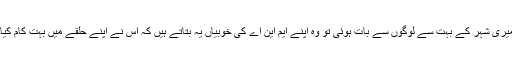
میری شہر کے بہت سے لوگوں سے بات ہوئی تو وہ اپنے ایم این اے کی خوبیاں یہ بتاتے ہیں کہ اس نے اپنے حلقے میں بہت کام کیا۔